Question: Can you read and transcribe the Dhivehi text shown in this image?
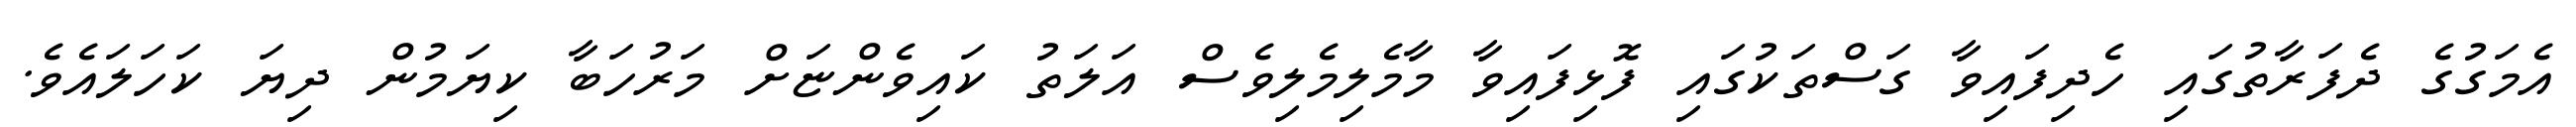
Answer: އެމަގުގެ ދެފަރާތުގައި ހެދިފައިވާ ގަސްތަކުގައި ފޮޅިފައިވާ މާމެލިމެލިވެސް އަލަތު ކައިވެންޏަށް މަރުހަބާ ކިޔަމުން ދިޔަ ކަހަލައެވެ.